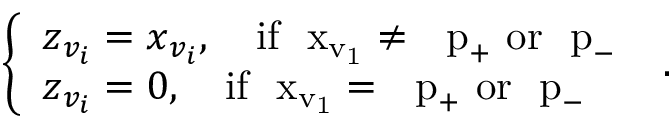
\left\{ \begin{array} { l l } { { \boldsymbol z } _ { v _ { i } } = { \boldsymbol x } _ { v _ { i } } , \quad \mathrm { i f ~ { \boldsymbol ~ x } _ { v _ 1 } \neq ~ { \boldsymbol ~ p } _ + ~ o r ~ { \boldsymbol ~ p } _ - ~ } } \\ { { \boldsymbol z } _ { v _ { i } } = { \boldsymbol { 0 } } , \quad \mathrm { i f ~ { \boldsymbol ~ x } _ { v _ 1 } = ~ { \boldsymbol ~ p } _ + ~ o r ~ { \boldsymbol ~ p } _ - ~ } } \end{array} \right. .